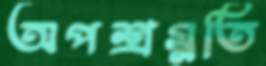
অপশ্রম্নতি